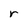
Character: r